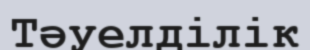
Тәуелділік